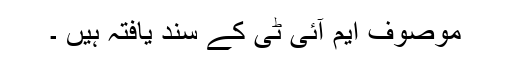
موصوف ایم آئی ٹی کے سند یافتہ ہیں ۔